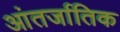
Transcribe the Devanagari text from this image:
आंतर्जातिक